画像に写った文字を読んでください
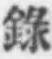
「錄」と書いてあります